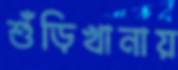
শুঁড়িখানায়